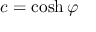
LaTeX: c = \cosh \varphi